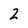
Character: 2